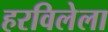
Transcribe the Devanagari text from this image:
हरविलेला